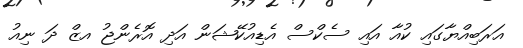
އަރަބިއްޔާގައި ކުއާ އައި ސެކްސް އެޑިއުކޭޝަން އަދި އޮރެންޖު އޒް ދަ ނިއު